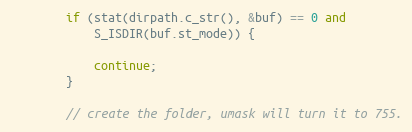
Language: C++
		if (stat(dirpath.c_str(), &buf) == 0 and
		    S_ISDIR(buf.st_mode)) {

			continue;
		}

		// create the folder, umask will turn it to 755.